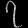
Digit: ၇